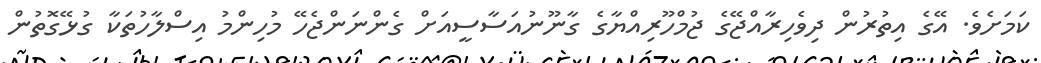
ކަމަށެވެ. އޭގެ އިތުރުން ދިވެހިރާއްޖޭގެ ޖުމްހޫރިއްޔާގެ ގާނޫނުއަސާސީއަށް ގެންނަންޖެހޭ މުހިންމު އިސްލާހުތަކާ ގުޅޭގޮތުން